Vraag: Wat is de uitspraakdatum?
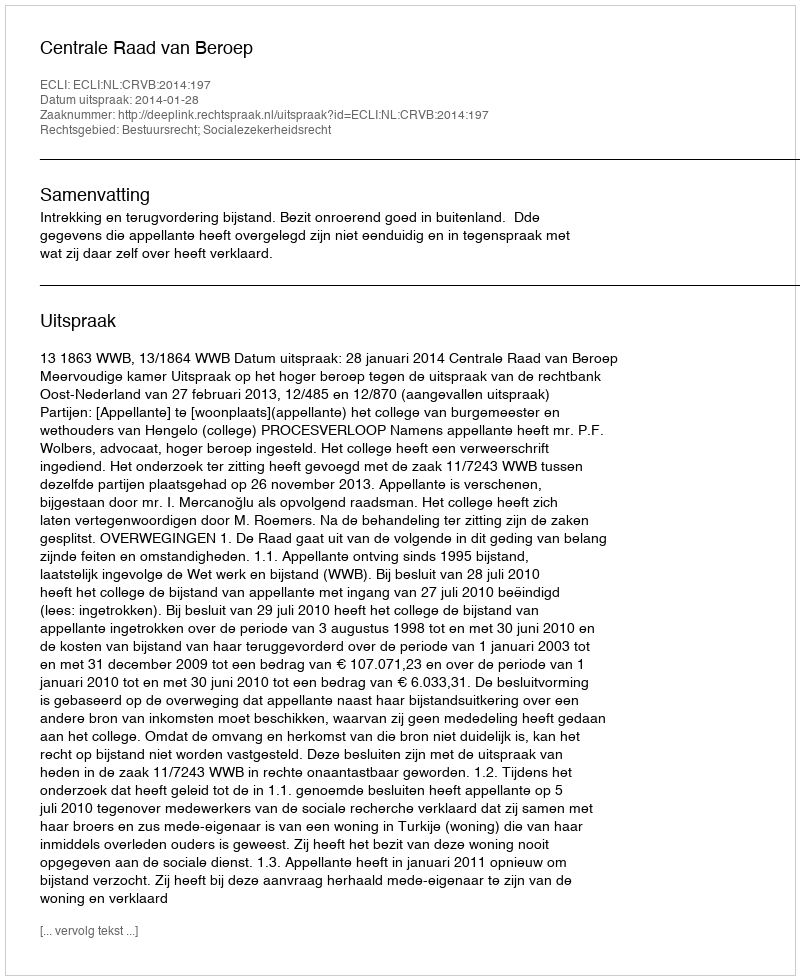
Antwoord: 2014-01-28